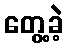
တွေ့ခဲ့